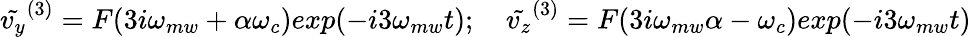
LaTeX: \tilde{v_{y}}^{(3)}=F(3i\omega_{mw}+\alpha\omega_{c})exp(-i3\omega_{mw}t);\quad\tilde{v_{z}}^{(3)}=F(3i\omega_{mw}\alpha-\omega_{c})exp(-i3\omega_{mw}t)